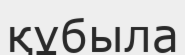
құбыла